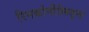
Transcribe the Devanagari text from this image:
रिनकोनीलिड्स